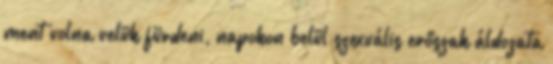
ment volna velük fürdeni, napokon belül szexuális erőszak áldozata